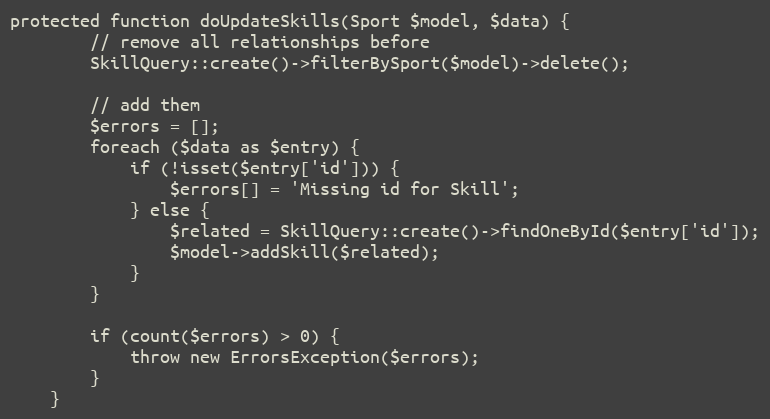
Language: PHP
protected function doUpdateSkills(Sport $model, $data) {
		// remove all relationships before
		SkillQuery::create()->filterBySport($model)->delete();

		// add them
		$errors = [];
		foreach ($data as $entry) {
			if (!isset($entry['id'])) {
				$errors[] = 'Missing id for Skill';
			} else {
				$related = SkillQuery::create()->findOneById($entry['id']);
				$model->addSkill($related);
			}
		}

		if (count($errors) > 0) {
			throw new ErrorsException($errors);
		}
	}